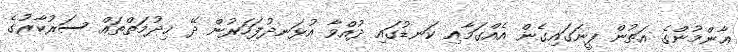
ޢާންމުންގެ އަތުން ފީނަގައިގެން އެއްގަމާއި ކަނޑުގައި ދުއްވާ އުޅަނދުފަހަރުން ދޭ ޚިދުމަތްތައް ސަރުކާރުގެ